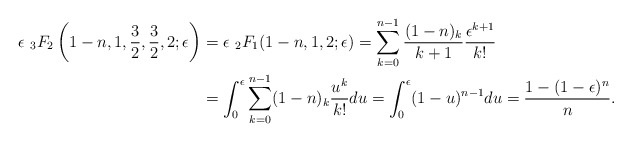
\begin{align*}\epsilon \, \, {}_3F_2\left(1-n, 1, \frac{3}{2}, \frac{3}{2}, 2; \epsilon\right) & = \epsilon \, \, {}_2F_1(1-n, 1, 2; \epsilon) = \sum_{k=0}^{n-1}\frac{(1-n)_k}{k+1} \frac{\epsilon^{k+1}}{k!} \\& = \int_0^\epsilon \sum_{k=0}^{n-1} (1-n)_k \frac{u^{k}}{k!} du = \int_0^\epsilon (1-u)^{n-1}du = \frac{1-(1-\epsilon)^n}{n}.\end{align*}